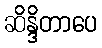
ဆိန္ဒိတာပေ